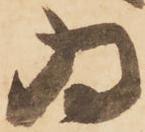
為